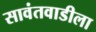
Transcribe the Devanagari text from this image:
सावंतवाडीला